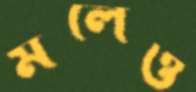
মলেও